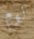
لوم